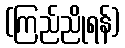
(ကြည်ညိုရန်)